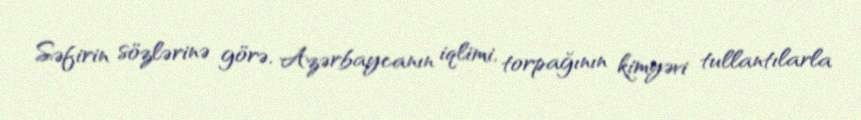
Səfirin sözlərinə görə, Azərbaycanın iqlimi, torpağının kimyəvi tullantılarla